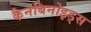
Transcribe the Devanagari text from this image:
कैनबिनोइड्स